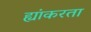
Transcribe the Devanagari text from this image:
ह्यांकरता